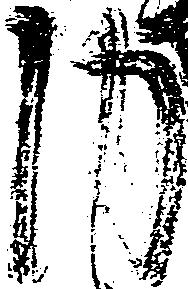
内